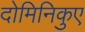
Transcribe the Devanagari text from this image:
दोमिनिकुए